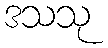
ဒသသု